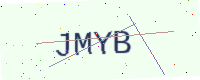
Text: JMYB